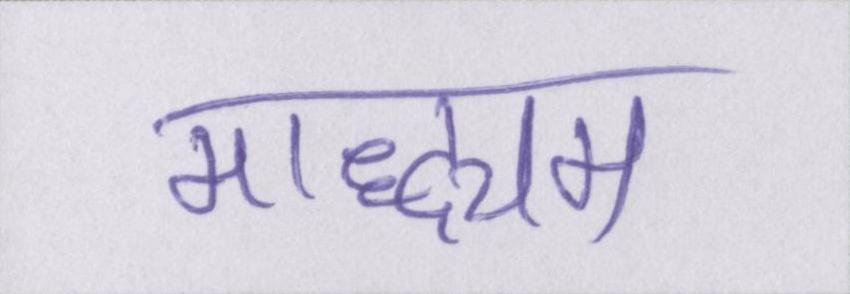
माद्ध्यम